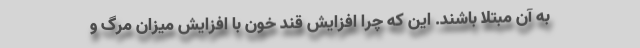
به آن مبتلا باشند. این که چرا افزایش قند خون با افزایش میزان مرگ و